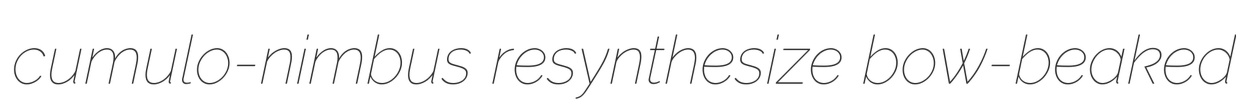
cumulo-nimbus resynthesize bow-beaked